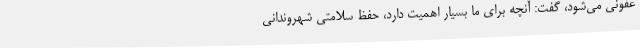
عفونی می‌شود، گفت: آنچه برای ما بسیار اهمیت دارد، حفظ سلامتی شهروندانی